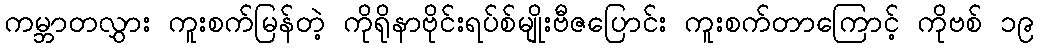
ကမ္ဘာတလွှား ကူးစက်မြန်တဲ့ ကိုရိုနာဗိုင်းရပ်စ်မျိုးဗီဇပြောင်း ကူးစက်တာကြောင့် ကိုဗစ် ၁၉